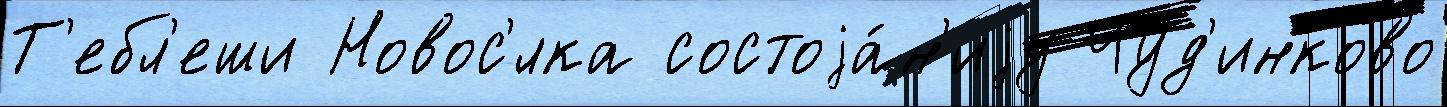
Т'ебл'еши Новос'́лка состоjа́н'иjу Чуд'инково